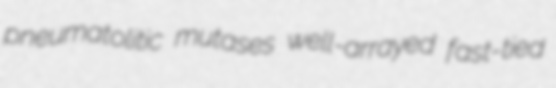
pneumatolitic mutases well-arrayed fast-tied